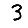
Digit: 3